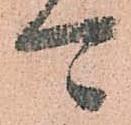
可